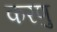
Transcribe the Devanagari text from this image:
करणु